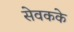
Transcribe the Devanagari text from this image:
सेवकके